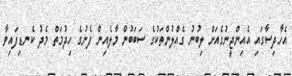
އެހާދިސާގައި އެއިންޖީނުގެއަށް ލިބުނު ގެއްލުންތަކުގެ ސަބަބުން މާލެއިން ފެނުގެ ހިދުމަތް މެދު ކެނޑިފައިވާ